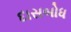
દાસબોધ